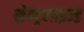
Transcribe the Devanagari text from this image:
सेन्ट्रलाइज्ड